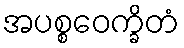
အပစ္စဝေက္ခိတံ